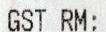
GST RM: